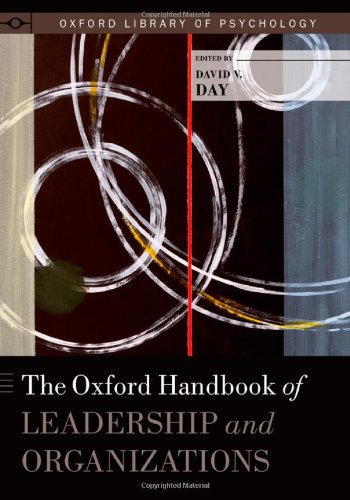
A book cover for The Oxford Handbook of Leadership and Organizations (Oxford Library of Psychology); Medical Books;